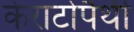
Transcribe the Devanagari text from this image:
केराटोपैथी